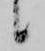
候